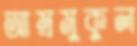
আম্রমুকুল